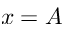
x = A